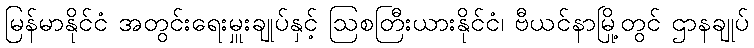
မြန်မာနိုင်ငံ အတွင်းရေးမှူးချုပ်နှင့် ဩစတြီးယားနိုင်ငံ၊ ဗီယင်နာမြို့တွင် ဌာနချုပ်